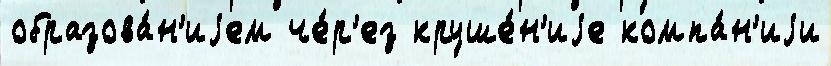
образова́н'иjем че́р'ез круше́н'иjе компа́н'иjи